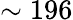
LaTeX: \sim 196